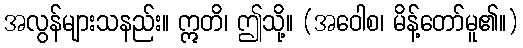
အလွန်များသနည်း။ ဣတိ၊ ဤသို့။ (အဝေါစ၊ မိန့်တော်မူ၏။)